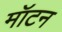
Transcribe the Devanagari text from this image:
मॉटन